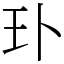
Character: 㺪